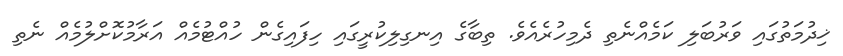
ޚިދުމަތުގައި ވަރުބަލި ކަމެއްނެތި ދެމިހުރެއެވެ. ތިބާގެ އިނގިލިކުރީގައި ހިފައިގެން ހުއްޓުމެއް އަރާމުކޮށްލުމެއް ނެތި